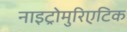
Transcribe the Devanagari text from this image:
नाइट्रोमुरिएटिक